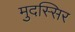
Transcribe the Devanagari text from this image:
मुदस्सिर